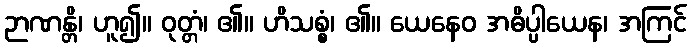
ဉာဏန္တိ၊ ဟူ၍။ ဝုတ္တံ၊ ၏။ ဟိသစ္စံ၊ ၏။ ယေနေဝ အဓိပ္ပါယေန၊ အကြင်